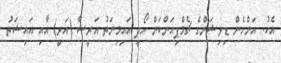
އެކު. އަންހެން ޑިވިޝަންގެ ޗެމްޕިއަންކަން ހޯދީ އައިމިނަތު އަރީޝާ (އަރީ) އާއި އައިޝަތު